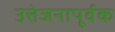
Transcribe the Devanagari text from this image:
उत्तेजनापूर्वक